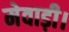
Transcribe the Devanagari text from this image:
मेवाड़ी।